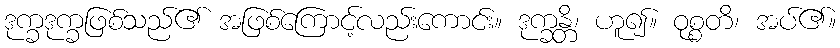
ဒုက္ခဒုက္ခဖြစ်သည်၏ အဖြစ်ကြောင့်လည်းကောင်း။ ဒုက္ခန္တိ၊ ဟူ၍။ ဝုစ္စတိ၊ အပ်၏။